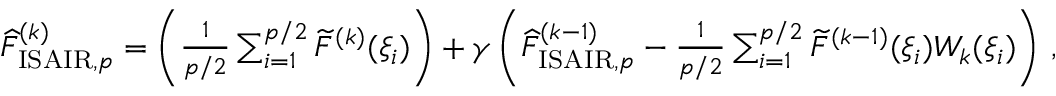
\begin{array} { r } { \widehat { F } _ { \mathrm { I S A I R } , p } ^ { ( k ) } = \left( \frac { 1 } { p / 2 } \sum _ { i = 1 } ^ { p / 2 } \widetilde { F } ^ { ( k ) } ( \xi _ { i } ) \right) + \gamma \left( \widehat { F } _ { \mathrm { I S A I R } , p } ^ { ( k - 1 ) } - \frac { 1 } { p / 2 } \sum _ { i = 1 } ^ { p / 2 } \widetilde { F } ^ { ( k - 1 ) } ( \xi _ { i } ) W _ { k } ( \xi _ { i } ) \right) \, , } \end{array}